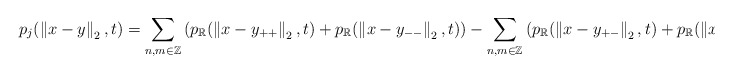
\begin{align*}p_{j}(\left\|x-y\right\|_2,t) =\sum_{n,m \in \mathbb{Z}}\left(p_{\mathbb{R}}(\left\|x-y_{++}\right\|_2,t)+p_{\mathbb{R}}(\left\|x-y_{--}\right\|_2,t)\right) - \sum_{n,m \in \mathbb{Z}}\left(p_{\mathbb{R}}(\left\|x-y_{+-}\right\|_2,t)+p_{\mathbb{R}}(\left\|x-y_{-+}\right\|_2,t)\right)\end{align*}